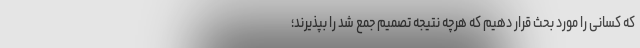
که کسانی را مورد بحث قرار دهیم که هرچه نتیجه تصمیم جمع شد را بپذیرند؛